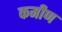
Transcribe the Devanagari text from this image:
कमीण